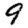
Digit: 9